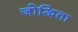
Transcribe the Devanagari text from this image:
जोखिता